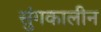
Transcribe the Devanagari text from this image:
सुंगकालीन